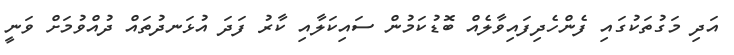
އަދި މަގުތަކުގައި ފެންހެދިފައިވާލެއް ބޮޑުކަމުން ސައިކަލާއި ކާރު ފަދަ އުޅަނދުތައް ދުއްވުމަށް ވަނީ